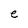
Character: e